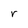
Character: r